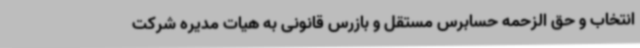
انتخاب و حق الزحمه حسابرس مستقل و بازرس قانونی به هیات مدیره شرکت